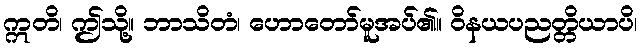
ဣတိ၊ ဤသို့။ ဘာသိတံ၊ ဟောတော်မူအပ်၏။ ဝိနယပညတ္တိယာပိ၊